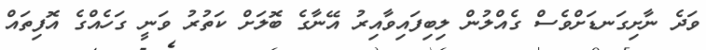
ވަދެ ނާށިގަނޑަށްވެސް ގެއްލުން ލިބިފައިވާއިރު އޭނާގެ ބޮލަށް ކަތުރު ވަނީ ގަހެއްގެ އޮފިތައް